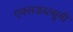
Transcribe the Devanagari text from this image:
एक्सडब्ल्यूबी